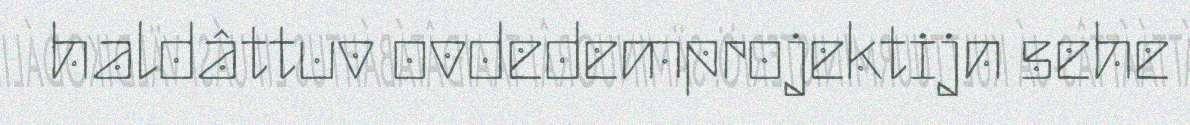
haldâttuv ovdedemprojektijn sehe